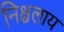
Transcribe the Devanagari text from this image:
निश्चलाय